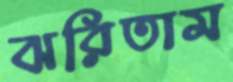
ঝরিতাম